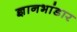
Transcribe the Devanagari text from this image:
ज्ञानभांडार